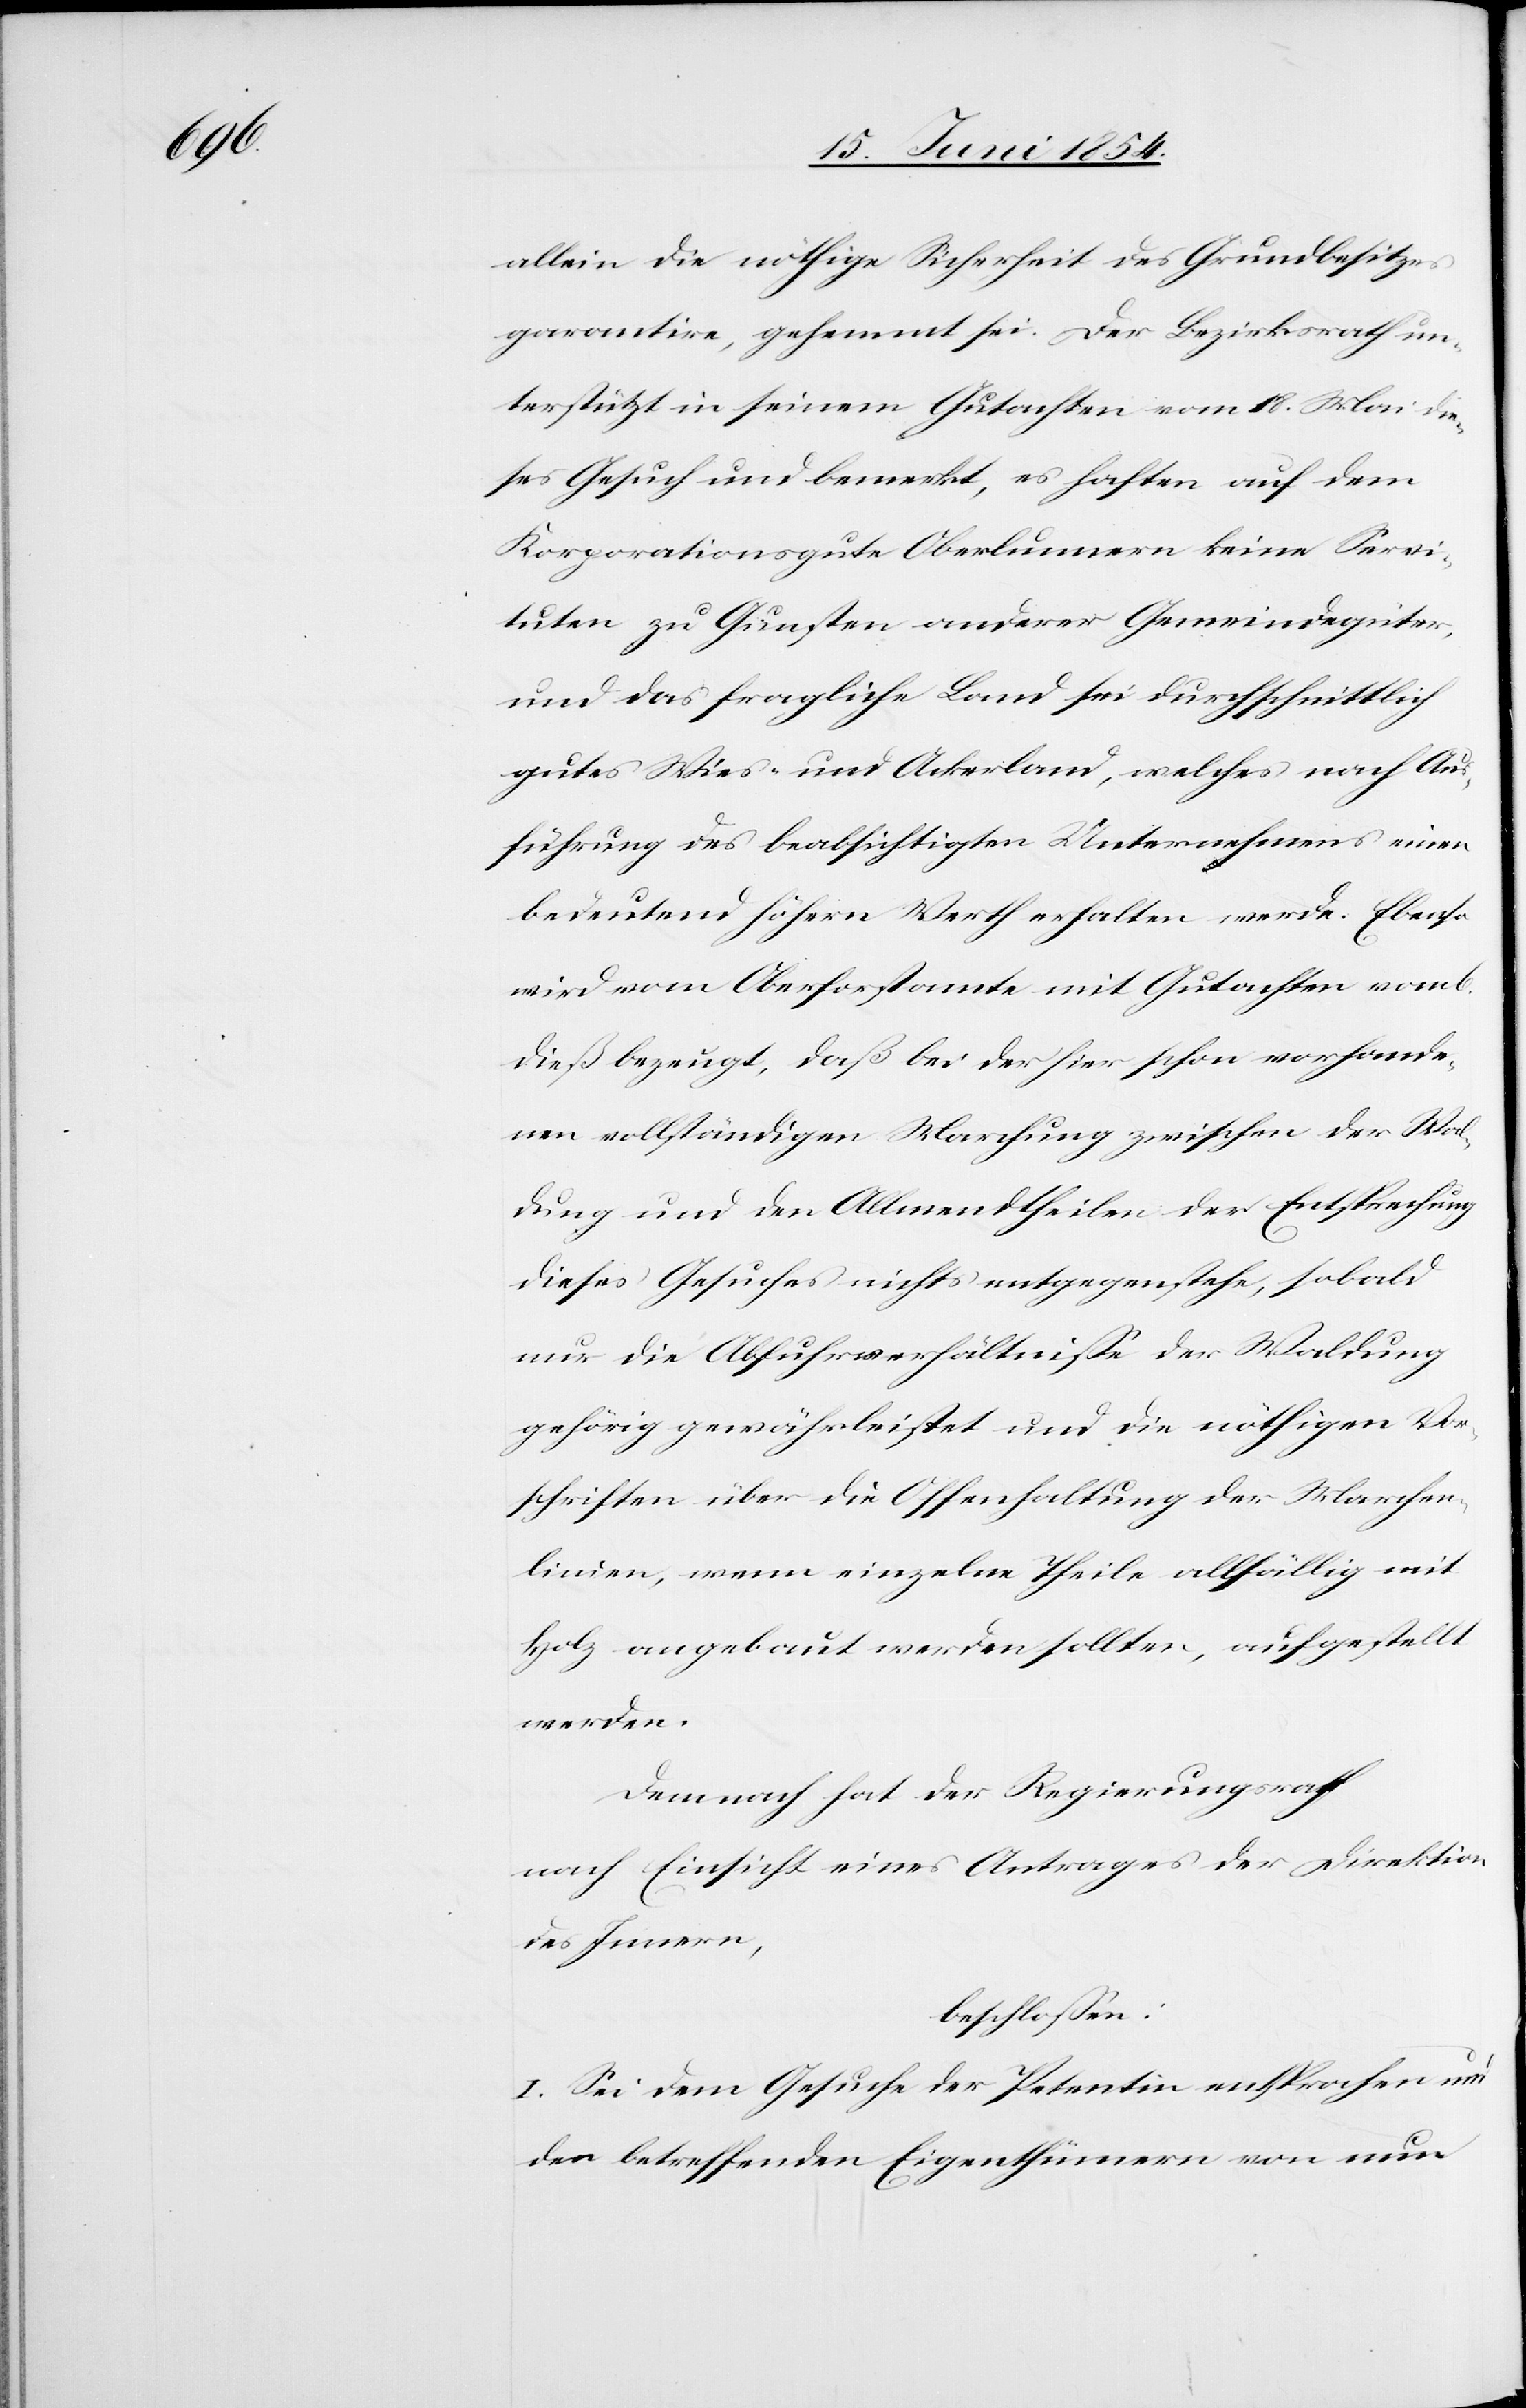
allein die nöthige Sicherheit des Grundbesitzes
garantire, gehemmt sei. Der Bezirksrath un¬
terstützt in seinem Gutachten vom 18. Mai die¬
ses Gesuch und bemerkt, es haften auf dem
Korporationsgute Oberlunnern keine Servi¬
tuten zu Gunsten anderer Gemeindegüter,
und das fragliche Land sei durchschnittlich
gutes Wies- und Ackerland, welches nach Aus¬
führung des beabsichtigten Unternehmens einen
bedeutend höhern Werth erhalten werde. Ebenso
wird vom Oberforstamte mit Gutachten vom 6.
dieß bezeugt, daß bei der hier schon vorhande¬
nen vollständigen Marchung zwischen der Wal¬
dung und den Allmendtheilen der Entsprechung
dieses Gesuches nichts entgegenstehe, sobald
nur die Abfuhrverhältniße der Waldung
gehörig gewährleistet und die nöthigen Vor¬
schriften über die Offenhaltung der Marchen¬
linie, wenn einzelne Theile allfällig mit
Holz angebaut werden sollte, aufgestellt
werden.
Demnach hat der Regierungsrath
nach Einsicht eines Antrages der Direktion
des Innern,
beschloßen:
I. Sei dem Gesuche der Petentin entsprochen und
den betreffenden Eigenthümern von nun